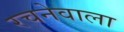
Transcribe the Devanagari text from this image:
रचनेवाला